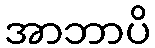
အာဘာပိ